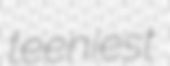
teeniest